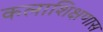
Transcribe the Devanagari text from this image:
कलाशिक्षणास